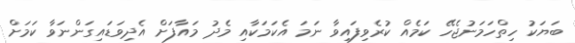
ބަޔަކު ހިތްހަމަނުޖެހޭ ކަމެއް ކުރެވިފައިވާ ނަމަ އެކަމަކާއި މެދު މައާފަށް އެދިވަޑައިގަންނަވާ ކަމަށް